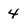
Character: 4